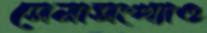
সেনাসংখ্যাও